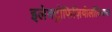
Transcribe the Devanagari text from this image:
इलेक्ट्रोफिज़ियोलॉजिकल